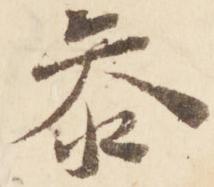
参